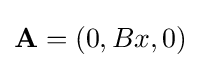
\mathbf {A} =(0,Bx,0)